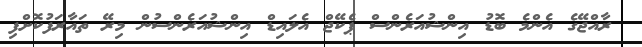
ރާއްޖޭގެ އެންމެ ބޮޑު އިންޝުއަރެންސް ޕެކޭޖް އެލައިޑް އިންޝުއަރެންސުން މިރޭ ތައާރަފުކޮށްފި